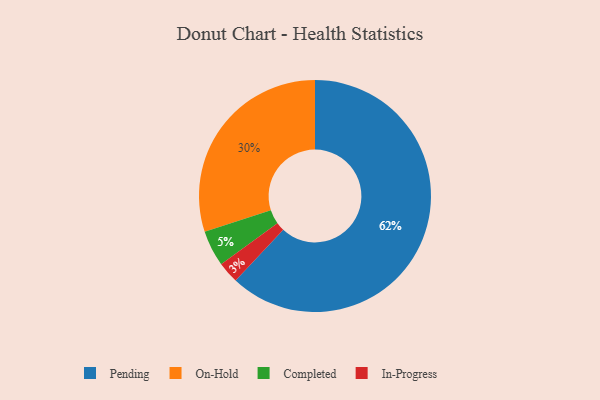
{"axis": {"x": "Category", "y": "Percentage"}, "legend": ["Completed", "In-Progress", "On-Hold", "Pending"], "data": [{"x": "Pending", "y": 62, "type": "Pending"}, {"x": "On-Hold", "y": 30, "type": "On-Hold"}, {"x": "Completed", "y": 5, "type": "Completed"}, {"x": "In-Progress", "y": 3, "type": "In-Progress"}]}